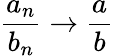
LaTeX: {\frac{a_{n}}{b_{n}}}\to{\frac{a}{b}}